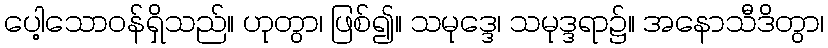
ပေါ့သောဝန်ရှိသည်။ ဟုတွာ၊ ဖြစ်၍။ သမုဒ္ဒေ၊ သမုဒ္ဒရာ၌။ အနောသီဒိတွာ၊